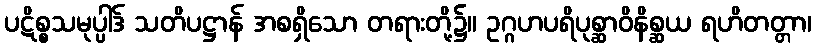
ပဋိစ္စသမုပ္ပါဒ် သတိပဋ္ဌာန် အစရှိသော တရားတို့၌။ ဥဂ္ဂဟပရိပုစ္ဆာဝိနိစ္ဆယ ရဟိတတ္တာ၊